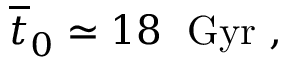
{ \overline { { { t } } } } _ { 0 } \simeq 1 8 \; \mathrm { ~ G y r ~ } ,